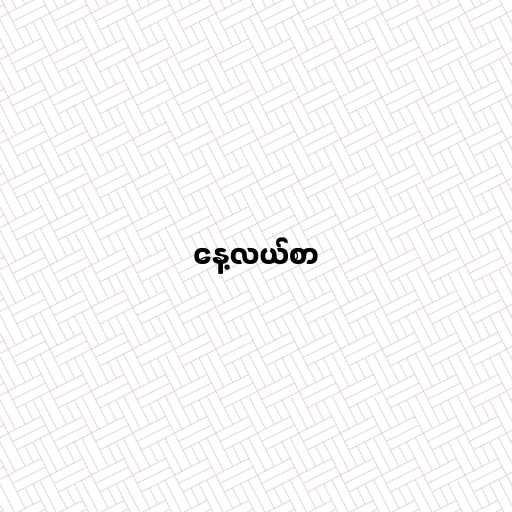
နေ့လယ်စာ